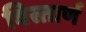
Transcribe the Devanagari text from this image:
विस्तार्ण